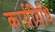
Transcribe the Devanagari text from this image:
कार्य़विधि